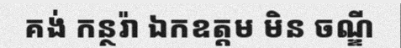
គង់ កន្ថរ៉ា ឯកឧត្តម មិន ចណ្ឌី